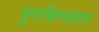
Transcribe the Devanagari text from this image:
पूरविण्यात